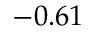
- 0 . 6 1